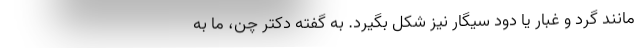
مانند گرد و غبار یا دود سیگار نیز شکل بگیرد. به گفته دکتر چن، ما به